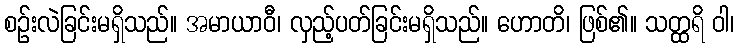
စဉ်းလဲခြင်းမရှိသည်။ အမာယာဝီ၊ လှည့်ပတ်ခြင်းမရှိသည်။ ဟောတိ၊ ဖြစ်၏။ သတ္ထရိ ဝါ၊